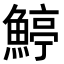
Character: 𩹇